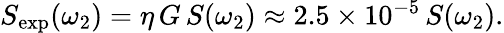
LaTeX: \begin{array}{r}{S_{\mathrm{exp}}(\omega_{2})=\eta\, G\, S(\omega_{2})\approx 2.5\times 10^{-5}\, S(\omega_{2}).}\end{array}